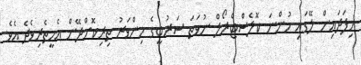
މިފަދައިން ލޭގައި ހުންނަ ކޮލެސްޓްރޯލް ނުވަތަ ސަރުބީގެ މިންވަރު ތިރިކޮށްދޭން އެހީތެރިވެދެ އެވެ.